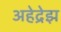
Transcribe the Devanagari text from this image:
अहेद्रेझ